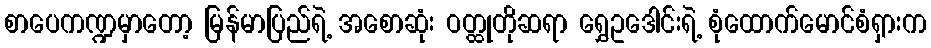
စာပေကဏ္ဍမှာတော့ မြန်မာပြည်ရဲ့ အစောဆုံး ဝတ္ထုတိုဆရာ ရွှေဥဒေါင်းရဲ့ စုံထောက်မောင်စံရှားက